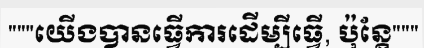
"""យើងបានធ្វើការដើម្បីធ្វើ, ប៉ុន្តែ"""